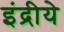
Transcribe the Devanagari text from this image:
इंद्रीये